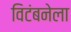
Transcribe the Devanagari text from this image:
विटंबनेला